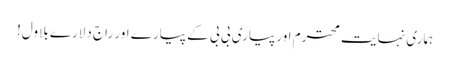
ہماری نہایت محترم اور پیاری بی بی کے پیارے اور راج دلارے بلاول!